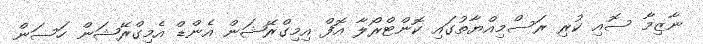
ނާޒިމާ ސޮއި ކުރި ރަސްމިއްޔާތުގައި ކޮންޓްރޯލާ އޮފް އިމިގްރޭޝަން އެންޑް އެމިގްރޭޝަން ހަސަން